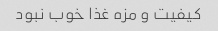
کیفیت و مزه غذا خوب نبود